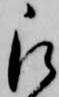
被